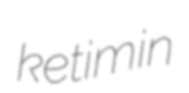
ketimin